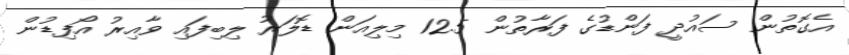
އެގޮތުން ސައުދީ ފަންޑުގެ ފަރާތުން 12.5 މިލިއަން ޑޮލަރު ލިބިފައި ވާއިރު އޯފިޑުން